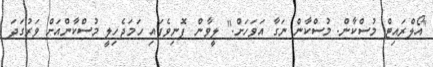
"އޯލްރައިޓް މުސްކާން. މުސްކާން ނަގާ އަވަހަށް." ލީވާން ފޮނިވެފައި ހަމަޖެހިލީ މުސްކާންއަށް ވަރުގަދަ